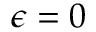
\epsilon = 0